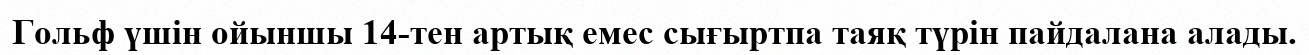
Гольф үшін ойыншы 14-тен артық емес сығыртпа таяқ түрін пайдалана алады.